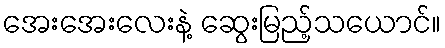
အေးအေးလေးနဲ့ ဆွေးမြည့်သယောင်။